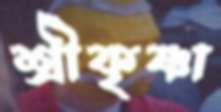
শ্রীকৃষ্ণা